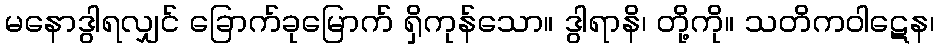
မနောဒွါရလျှင် ခြောက်ခုမြောက် ရှိကုန်သော။ ဒွါရာနိ၊ တို့ကို။ သတိကဝါဋေန၊